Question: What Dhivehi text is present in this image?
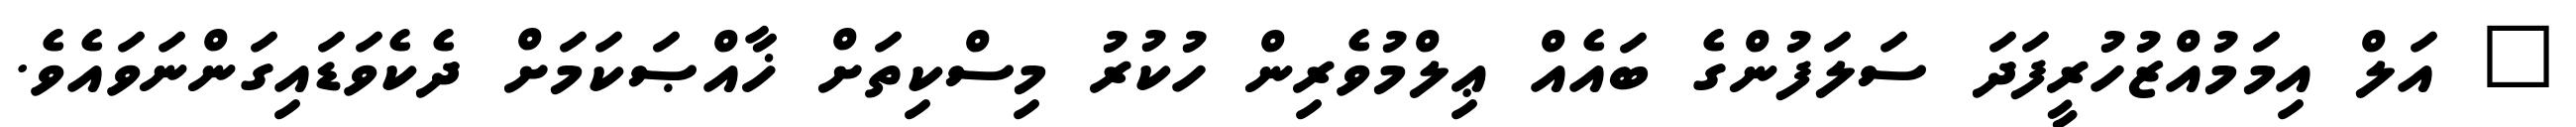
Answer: " އަލް އިމަމުއްޒުހުރީފަދަ ސަލަފުންގެ ބައެއް ޢިލްމުވެރިން ހުކުރު މިސްކިތަށް ޚާއްޞަކަމަށް ދެކެވަޑައިގަންނަވައެވެ.